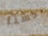
حسنا